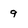
Character: 9